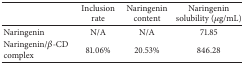
<table><thead><tr><td><b> </b></td><td><b>Inclusion rate</b></td><td><b>Naringenin content</b></td><td><b>Naringenin solubility (<i>μ</i>g/mL)</b></td></tr></thead><tbody><tr><td>Naringenin</td><td>N/A</td><td>N/A</td><td>71.85</td></tr><tr><td>Naringenin/<i>β</i>-CD complex</td><td>81.06%</td><td>20.53%</td><td>846.28</td></tr></tbody></table>